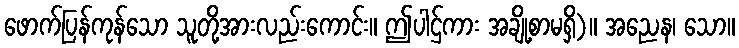
ဖောက်ပြန်ကုန်သော သူတို့အားလည်းကောင်း။ ဤပါဌ်ကား အချို့စာမရှိ)။ အညေန၊ သော။